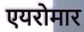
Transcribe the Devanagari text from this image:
एयरोमार